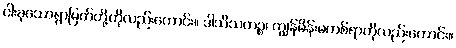
ငါးခုသောရွာမြတ်တို့ကိုလည်းကောင်း။ ဒါသီသတဉ္စ၊ ကျွန်မိန်းမတစ်ရာကိုလည်းကောင်း။